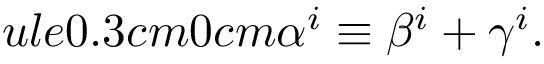
ule { 0.3 cm } { 0 cm } \alpha ^ { i } \equiv \beta ^ { i } + \gamma ^ { i } .